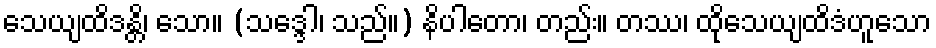
သေယျထိဒန္တိ၊ သော။ (သဒ္ဒေါ၊ သည်။) နိပါတော၊ တည်း။ တဿ၊ ထိုသေယျထိဒံဟူသော